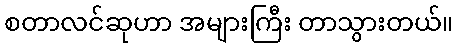
စတာလင်ဆုဟာ အများကြီး တာသွားတယ်။